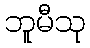
ဘူမီသု